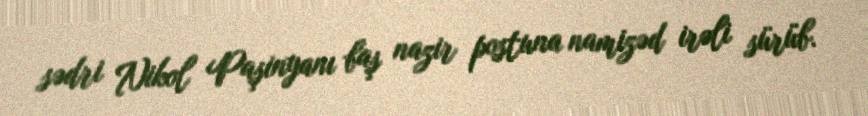
sədri Nikol Paşinyanı baş nazir postuna namizəd irəli sürüb.